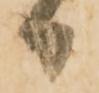
日